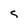
Character: s